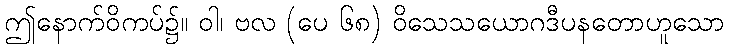
ဤနောက်ဝိကပ်၌။ ဝါ၊ ဗလ (ပေ ၆၈) ဝိသေသယောဂဒီပနတောဟူသော